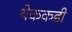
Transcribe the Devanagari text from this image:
थेककडी